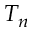
T _ { n }